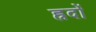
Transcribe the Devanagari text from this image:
ह्रदों